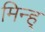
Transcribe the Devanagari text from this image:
मिन्ह्